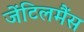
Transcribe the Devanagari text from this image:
जेंटिलमैंस